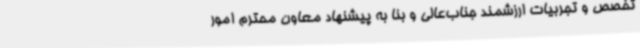
تخصص و تجربیات ارزشمند جناب‌عالی و بنا به پیشنهاد معاون محترم امور